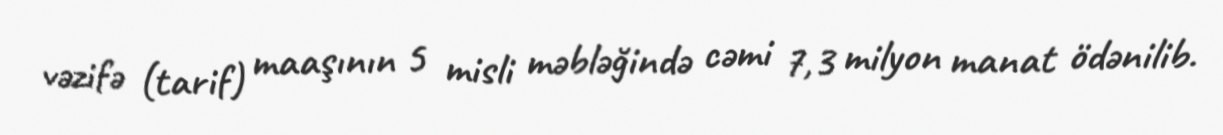
vəzifə (tarif) maaşının 5 misli məbləğində cəmi 7,3 milyon manat ödənilib.